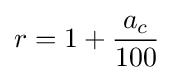
r=1+{a_{c} \over 100}